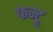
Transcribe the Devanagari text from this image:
फन्टू